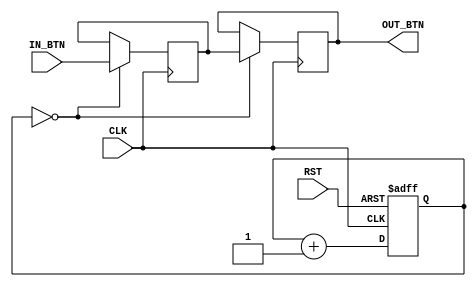
//
// Module:  ChatterIN_BTNg
//
`resetall
`timescale 1ps/1ps
module Chattering(CLK,RST,IN_BTN,OUT_BTN);

input CLK,RST;
input IN_BTN;
output OUT_BTN;
reg OUT_BTN,buffer;
reg [15:0] count;

always @(posedge CLK or negedge RST)
	if(!RST) count <= 16'b0;
	else count <= count + 16'b1;

always @(posedge CLK)
	if(count==16'b0)
	begin
		buffer <= IN_BTN;
		OUT_BTN <= buffer;
	end

endmodule